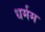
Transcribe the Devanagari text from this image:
धर्मम